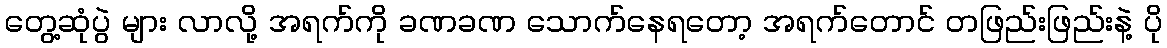
တွေ့ဆုံပွဲ များ လာလို့ အရက်ကို ခဏခဏ သောက်နေရတော့ အရက်တောင် တဖြည်းဖြည်းနဲ့ ပို